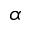
\alpha